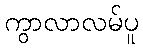
ကွာလာလမ်ပူ